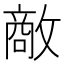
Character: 𪯔